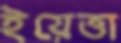
ইয়েত্তা